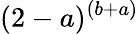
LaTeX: (2-a)^{(b+a)}